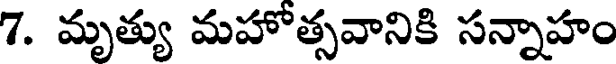
7. మృత్యు మహోత్సవానికి సన్నాహం